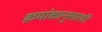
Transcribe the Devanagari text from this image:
क्रमांकानुसारही